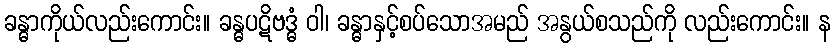
ခန္ဓာကိုယ်လည်းကောင်း။ ခန္ဓပဋိဗဒ္ဓံ ဝါ၊ ခန္ဓာနှင့်စပ်သောအမည် အနွယ်စသည်ကို လည်းကောင်း။ န